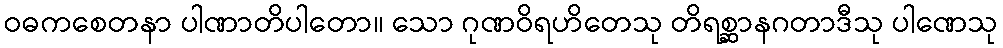
ဝဓကစေတနာ ပါဏာတိပါတော။ သော ဂုဏဝိရဟိတေသု တိရစ္ဆာနဂတာဒီသု ပါဏေသု